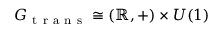
G _ { \mathrm { ~ t ~ r ~ a ~ n ~ s ~ } } \cong ( \mathbb { R } , + ) \times U ( 1 )